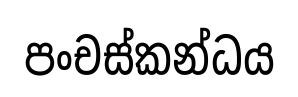
පංචස්කන්ධය